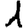
Digit: 1